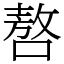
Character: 嗸